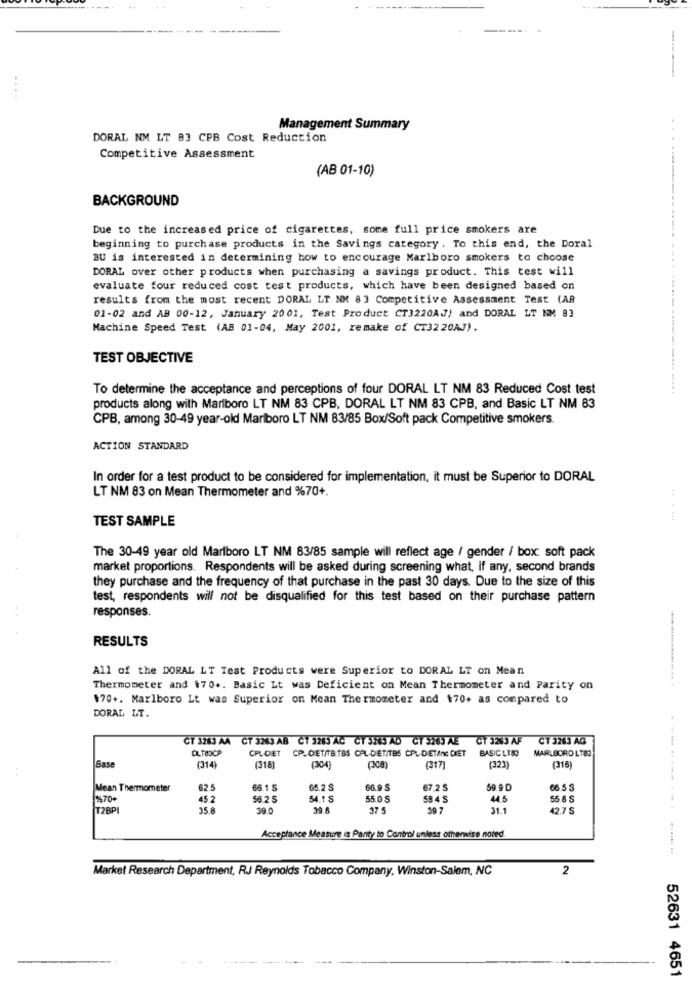
-----
Management Summary
DORAL NM LT 83 CPB Cost Reduction
Competitive Assessment
(AB 01-10)
BACKGROUND
Due to the increased price of cigarettes, some full price smokers are
beginning to purchase products in the Savings category . To this end, the Doral
BU is interested in determining how to encourage Marlboro smokers to choose
DORAL over other products when purchasing a savings product. This test will
evaluate four reduced cost test products, which have been designed based on
results from the most recent DORAL LT NM 83 Competitive Assessment Test (AR
01-02 and AB 00-12, January 2001, Test Product CT3220AJ) and DORAL LT NM 83
Machine Speed Test (AB 01-04, May 2001, remake of CT32 20AJ).
TEST OBJECTIVE
To determine the acceptance and perceptions of four DORAL LT NM 83 Reduced Cost test
----... ....
products along with Marlboro LT NM 83 CPB, DORAL LT NM 83 CPB, and Basic LT NM 83
CPB, among 30-49 year-old Marlboro LT NM 83/85 Box/Soft pack Competitive smokers.
ACTION STANDARD
In order for a test product to be considered for implementation, it must be Superior to DORAL
LT NM 83 on Mean Thermometer and %70+.
TEST SAMPLE
......
The 30-49 year old Marlboro LT NM 83/85 sample will reflect age / gender / box: soft pack
market proportions. Respondents will be asked during screening what, If any, second brands
they purchase and the frequency of that purchase in the past 30 days. Due to the size of this
test, respondents will not be disqualified for this test based on their purchase pattern
responses.
RESULTS
All of the DORAL LT Test Products were Superior to DORAL LT on Mean
................. .
Thermometer and $70+. Basic Lt was Deficient on Mean Thermometer and Parity on
$70+. Marlboro Lt was Superior on Mean Thermometer and $70+ as compared to
DORAL LT.
CT 3283 AA CT 3283 AB CT 3283 AC CT 3263 AD CT 3263 AE CT 3203 AF CT 3263 AG
OLTBCP
CPL-DIET CP_DET/TB:TBS CAL-DET/TBS CPL-DET/nC DIET
MARLBORO LT8:
BASIC LISO
Base
(314)
(318)
(304
(38)
(317)
(323)
(316
Mean Thermometer
62.5
66.1 5
65.2
66.9 $
67.2 S
59.9 D
66.5 $
45.2
56.2 S
54.1 S
55.0 S
594 S
44.5
55 8 S
T2BP
35.8
19.0
375
39 7
31.1
42.7 S
Acceptance Measure is Party to Control unless otherwise noted
Market Research Department, RJ Reynolds Tobacco Company, Winston-Salem, NC
2
-----
----
----
52631 4651